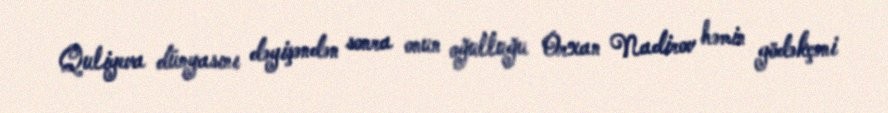
Quliyeva dünyasını dəyişəndən sonra onun oğulluğu Orxan Nadirov həmin gödəkçəni